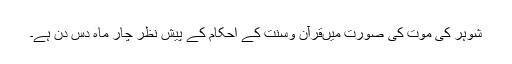
شوہر کی موت کی صورت میںقرآن وسنت کے احکام کے پیش نظر چار ماہ دس دن ہے۔